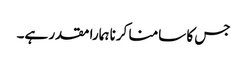
جس کا سامنا کرنا ہمارا مقدر ہے۔